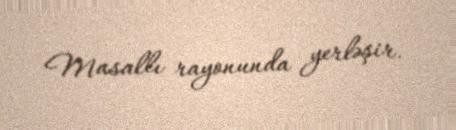
Masallı rayonunda yerləşir.